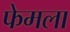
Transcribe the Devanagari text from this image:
फेमला